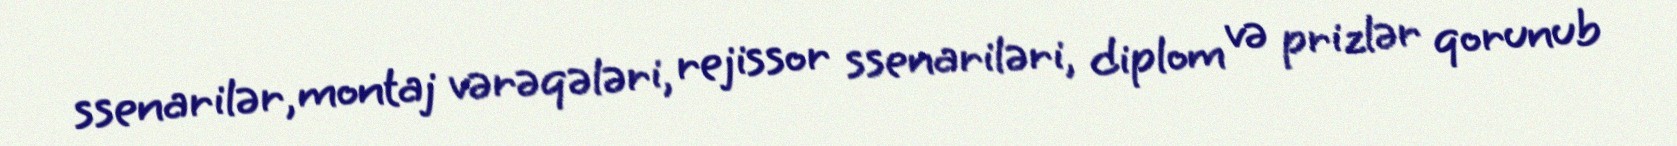
ssenarilər, montaj vərəqələri, rejissor ssenariləri, diplom və prizlər qorunub